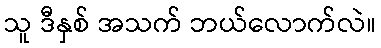
သူ ဒီနှစ် အသက် ဘယ်လောက်လဲ။